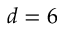
d = 6